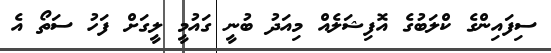
ސިފައިންގެ ކްލަބުގެ އޮފިޝަލެއް މިއަދު ބުނީ ގައުމީ ލީގަށް ފަހު ސަތޯ އެ